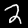
Label: 2